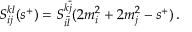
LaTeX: S _ { i j } ^ { k l } ( s ^ { + } ) = S _ { i \overline { { { l } } } } ^ { k \overline { { { j } } } } ( 2 m _ { i } ^ { 2 } + 2 m _ { j } ^ { 2 } - s ^ { + } ) \, .